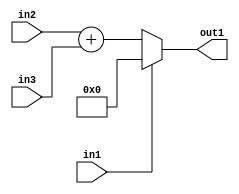
`timescale 1ps / 1ps
/*****************************************************************************
    Verilog RTL Description
    
    
    Created by: Stratus DpOpt 21.05.01 
*******************************************************************************/

module dut_entirecomputation_alt18_1 (
	in1,
	in2,
	in3,
	out1
	); /* architecture "behavioural" */ 
input  in1;
input [11:0] in2,
	in3;
output [12:0] out1;
wire [12:0] asc001,
	asc002;

assign asc002 = 
	+(in2)
	+(in3);

reg [12:0] asc001_tmp_0;
assign asc001 = asc001_tmp_0;
always @ (in1 or asc002) begin
	case (in1)
		1'B1 : asc001_tmp_0 = 13'B0000000000000 ;
		default : asc001_tmp_0 = asc002 ;
	endcase
end

assign out1 = asc001;
endmodule

/* CADENCE  v7H1Sgg= : u9/ySxbfrwZIxEzHVQQV8Q== ** DO NOT EDIT THIS LINE ******/